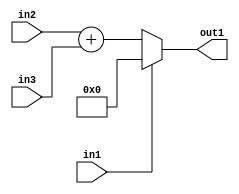
`timescale 1ps / 1ps
/*****************************************************************************
    Verilog RTL Description
    
    
    Created by: Stratus DpOpt 21.05.01 
*******************************************************************************/

module dut_entirecomputation_alt18_1 (
	in1,
	in2,
	in3,
	out1
	); /* architecture "behavioural" */ 
input  in1;
input [11:0] in2,
	in3;
output [12:0] out1;
wire [12:0] asc001,
	asc002;

assign asc002 = 
	+(in2)
	+(in3);

reg [12:0] asc001_tmp_0;
assign asc001 = asc001_tmp_0;
always @ (in1 or asc002) begin
	case (in1)
		1'B1 : asc001_tmp_0 = 13'B0000000000000 ;
		default : asc001_tmp_0 = asc002 ;
	endcase
end

assign out1 = asc001;
endmodule

/* CADENCE  v7H1Sgg= : u9/ySxbfrwZIxEzHVQQV8Q== ** DO NOT EDIT THIS LINE ******/